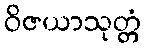
ဝိဇယာသုတ္တံ